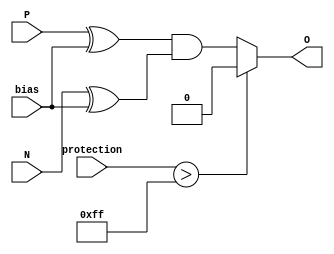
module ECL_Buffer(
    input P,       // Positive input signal
    input N,       // Negative input signal
    output reg O,  // Output signal
    
    // Biasing circuitry
    input bias,
    
    // Protection circuitry
    input [7:0] protection
);

// Differential input stage
reg P_buffered, N_buffered;
assign P_buffered = P ^ bias;
assign N_buffered = N ^ bias;

// Output stage
always @(P_buffered, N_buffered)
begin
    if (protection > 8'hFF) begin
        O <= 1'b0; // Protection circuit activated
    end else begin
        O <= P_buffered & N_buffered;
    end
end

endmodule